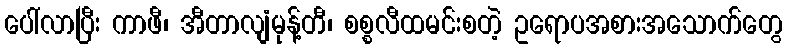
ပေါ်လာပြီး ကာဖီ၊ အီတာလျံမုန့်တီ၊ စစ္စလီထမင်းစတဲ့ ဥရောပအစားအသောက်တွေ